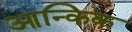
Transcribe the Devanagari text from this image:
आन्किक